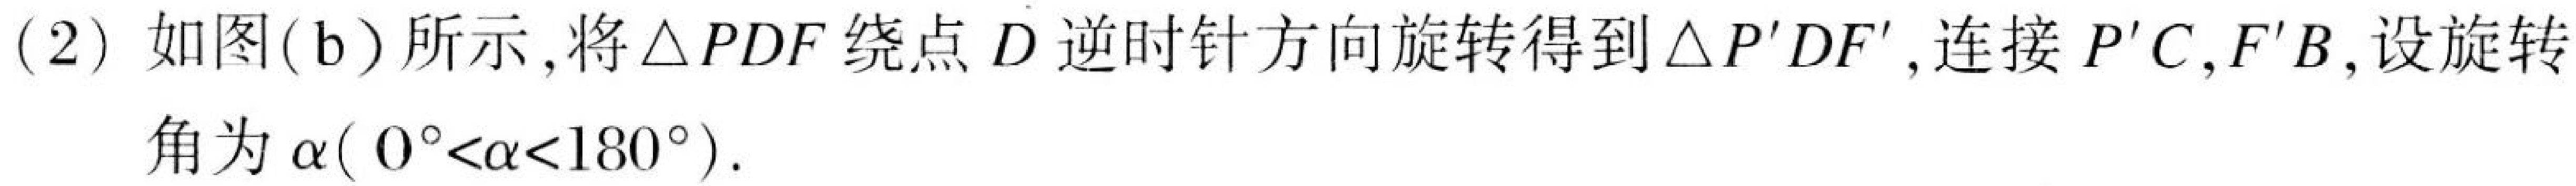
(2) 如图(b)所示,将\(\triangle PDF\)绕点\(D\)逆时针方向旋转得到\(\triangle P'DF'\),连接\(P'C,F'B\),设旋转角为\(\alpha(0^{\circ}<\alpha<180^{\circ})\).